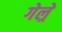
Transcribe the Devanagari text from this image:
गेल्रे